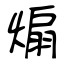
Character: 煽